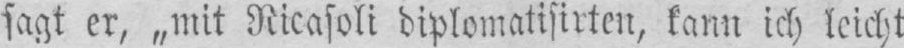
sagt er, „mit Ricasoli diplomatisirten, kann ich leicht